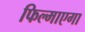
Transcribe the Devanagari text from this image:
फिल्माएगा